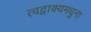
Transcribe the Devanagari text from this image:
त्वद्वाक्यमधुना